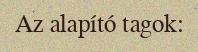
Az alapító tagok: